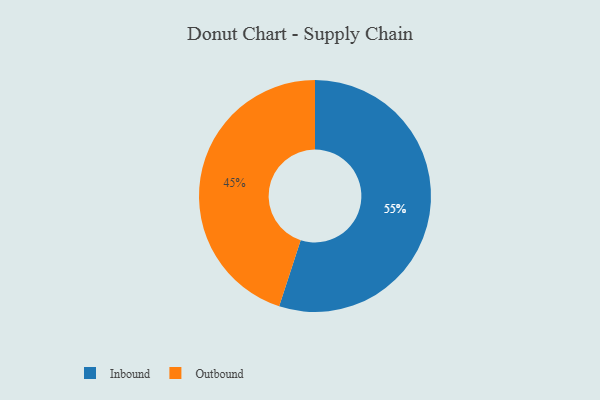
{"axis": {"x": "Category", "y": "Percentage"}, "legend": ["Inbound", "Outbound"], "data": [{"x": "Inbound", "y": 55, "type": "Inbound"}, {"x": "Outbound", "y": 45, "type": "Outbound"}]}